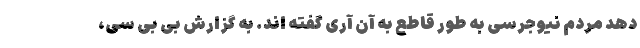
دهد مردم نیوجرسی به طور قاطع به آن آری گفته اند. به گزارش بی بی سی،